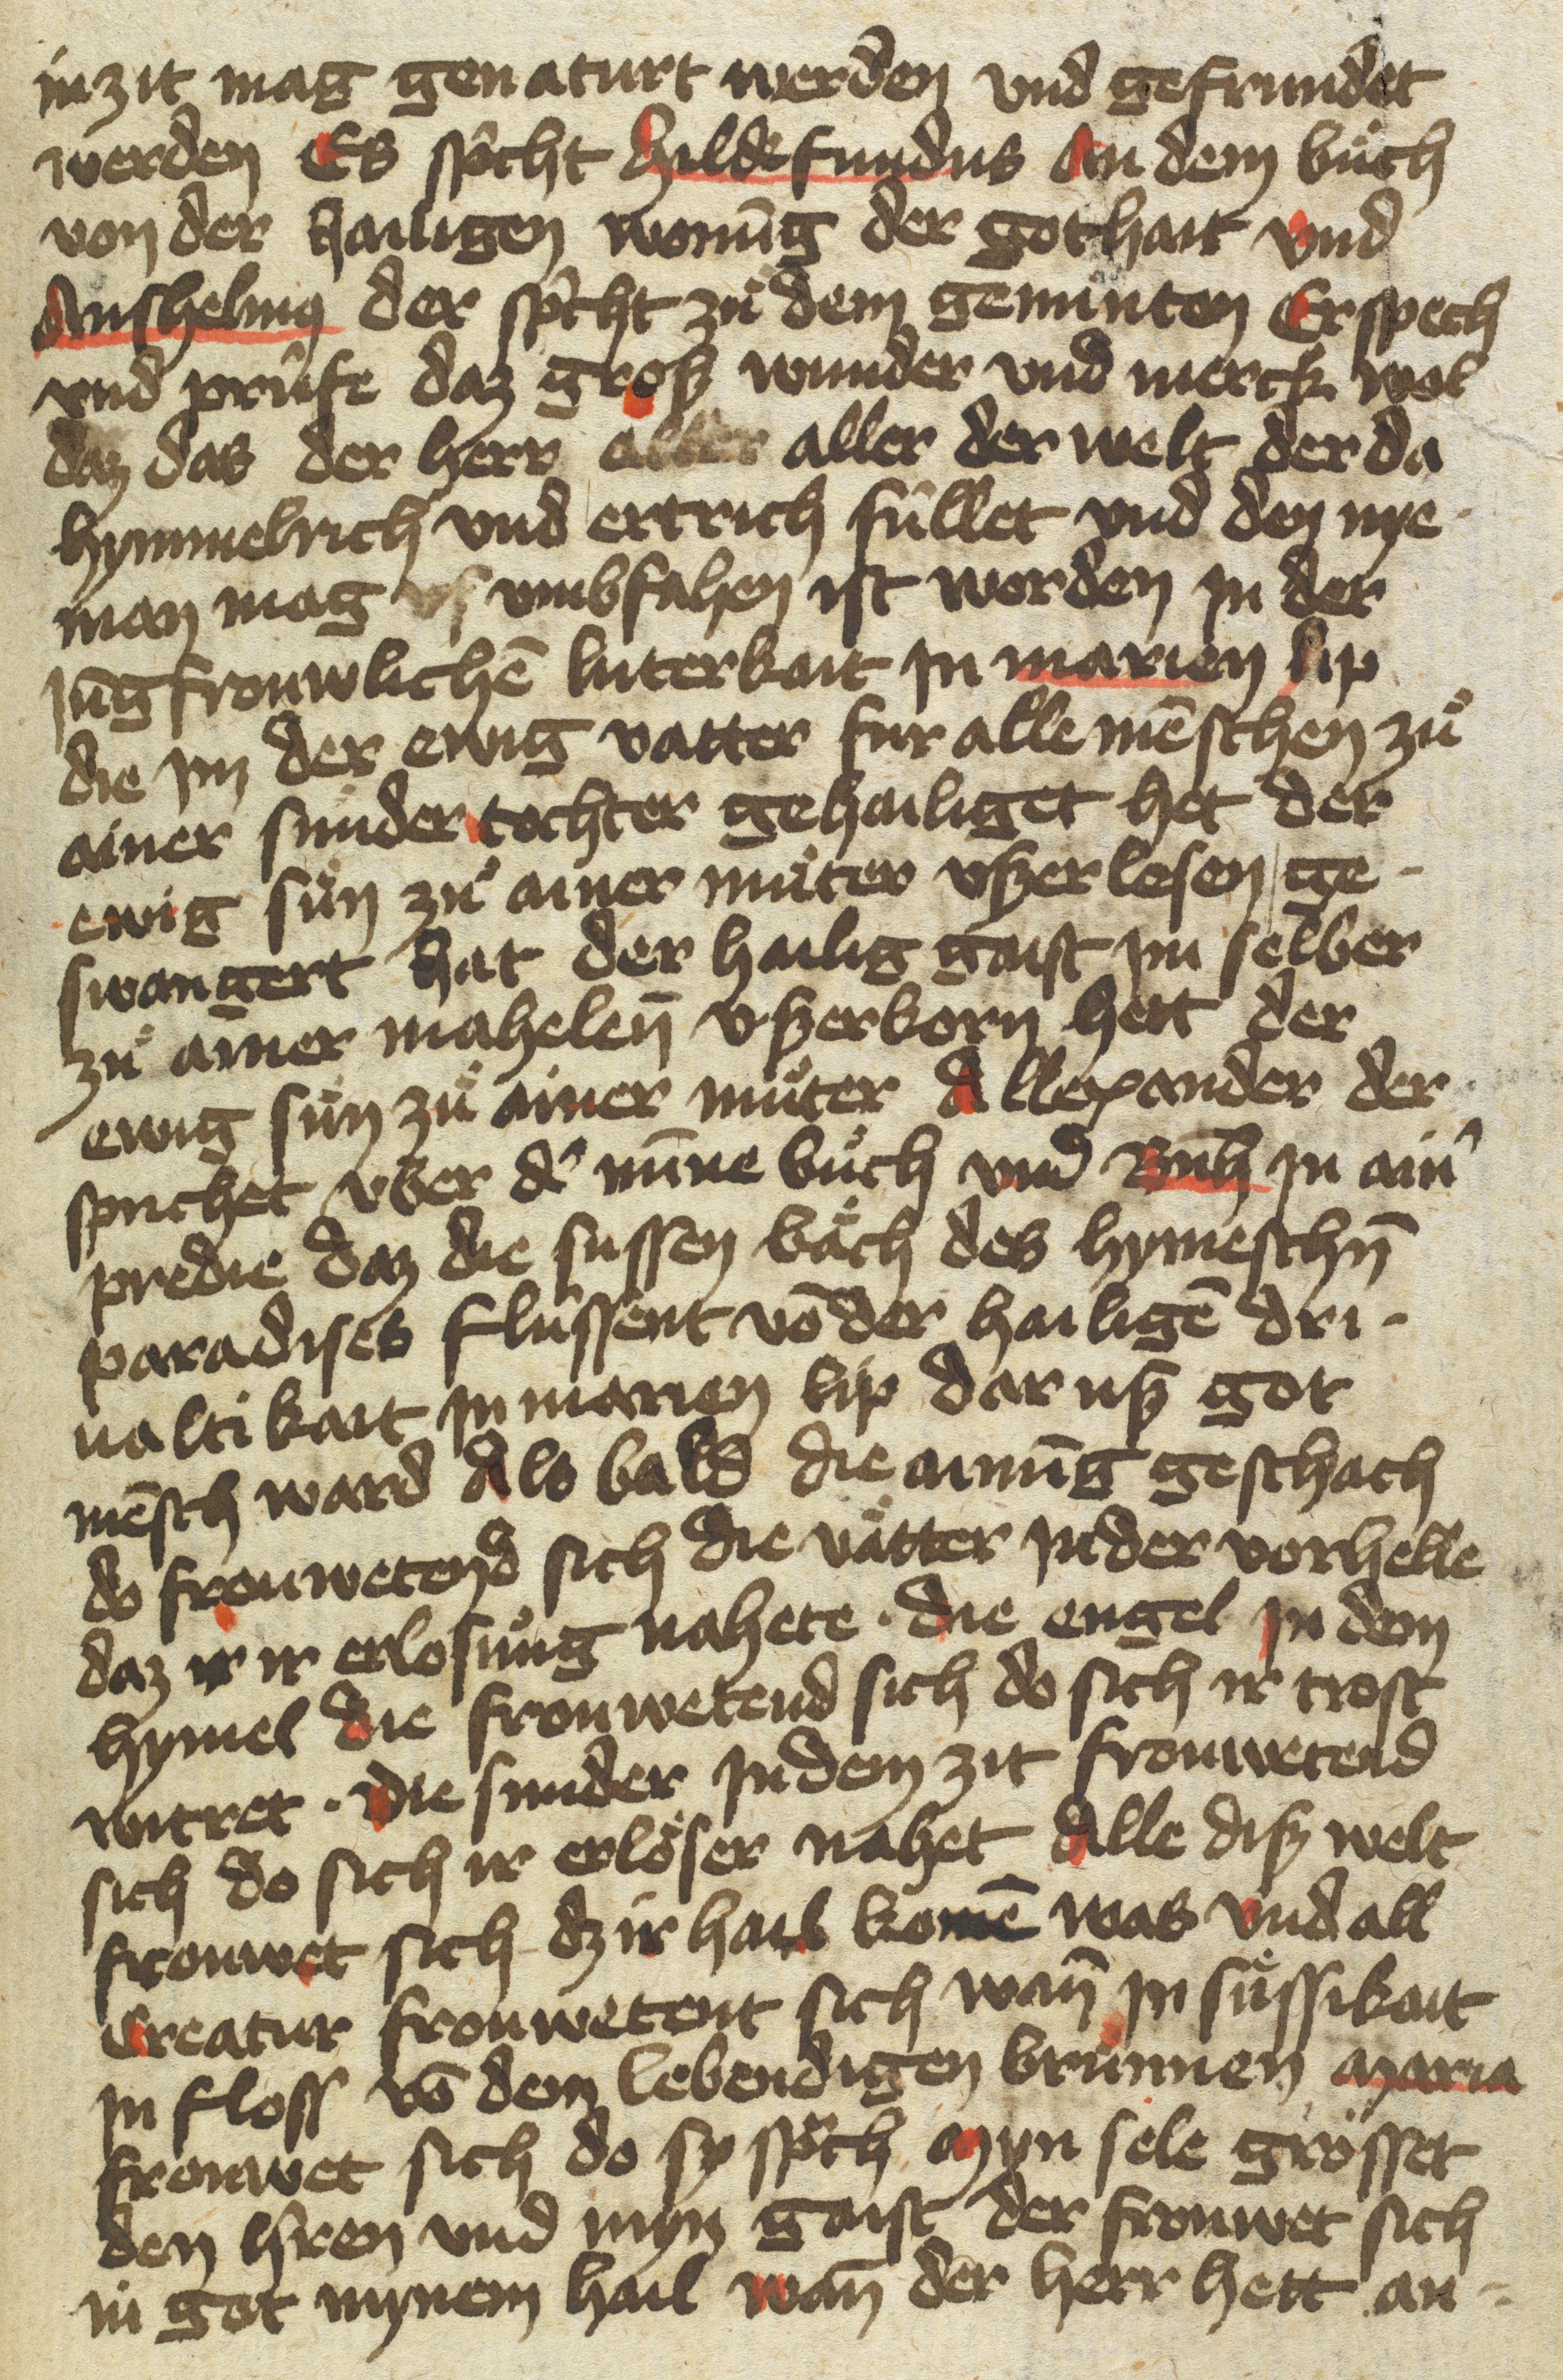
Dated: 1400–1499